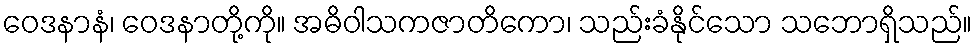
ဝေဒနာနံ၊ ဝေဒနာတို့ကို။ အဓိဝါသကဇာတိကော၊ သည်းခံနိုင်သော သဘောရှိသည်။